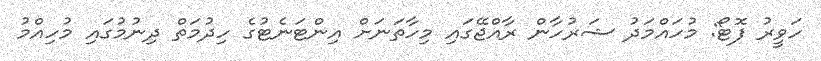
ހަވީރު ފޮޓޯ: މުހައްމަދު ޝަރުހާން ރާއްޖޭގައި މިހާތަނަށް އިންޓަނެޓުގެ ހިދުމަތް ދިނުމުގައި މުހިއްމު